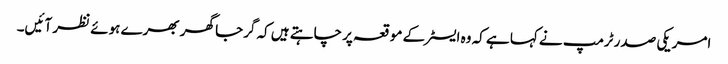
امریکی صدر ٹرمپ نے کہا ہے کہ وہ ایسٹر کے موقعہ پر چاہتے ہیں کہ گرجا گھر بھرے ہوئے نظر آئیں۔